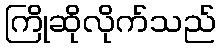
ကြိုဆိုလိုက်သည်